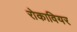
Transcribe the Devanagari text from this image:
रोकावियर